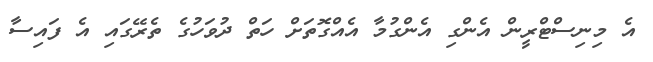
އެ މިނިސްޓްރީން އެންގި އެންގުމާ އެއްގޮތަށް ހަތް ދުވަހުގެ ތެރޭގައި އެ ފައިސާ